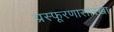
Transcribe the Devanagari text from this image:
प्रस्फूरणासारखा